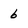
Character: 6